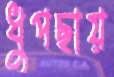
ধুপছায়